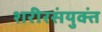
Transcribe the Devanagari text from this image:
शरीरसंयुक्तं